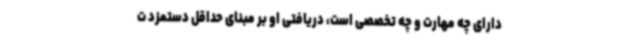
دارای چه مهارت و چه تخصصی است، دریافتی او بر مبنای حداقل دستمزد ت